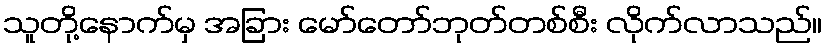
သူတို့နောက်မှ အခြား မော်တော်ဘုတ်တစ်စီး လိုက်လာသည်။